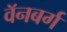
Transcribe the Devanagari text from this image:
वॅनबर्ग